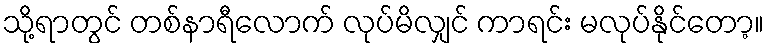
သို့ရာတွင် တစ်နာရီလောက် လုပ်မိလျှင် ကာရင်း မလုပ်နိုင်တော့။